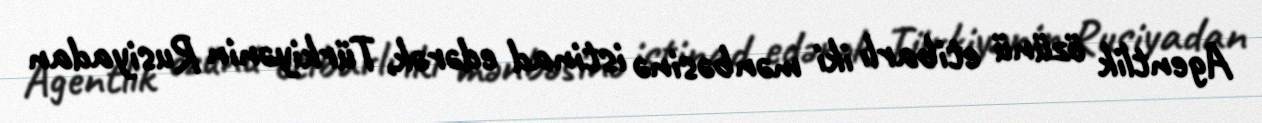
Agentlik özünü etibarlı iki mənbəsinə istinad edərək, Türkiyənin Rusiyadan